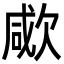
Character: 㰹